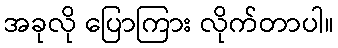
အခုလို ပြောကြား လိုက်တာပါ။